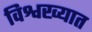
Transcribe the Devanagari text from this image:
विश्वख्यात